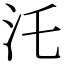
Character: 汑